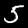
Digit: 5